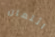
ائتمان